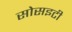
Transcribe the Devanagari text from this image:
सोसइटी